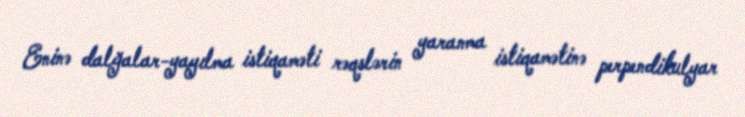
Eninə dalğalar-yayılma istiqaməti rəqslərin yaranma istiqamətinə perpendikulyar